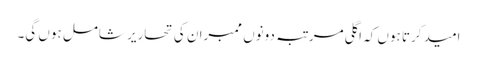
امید کرتا ہوں کہ اگلی مرتبہ دونوں ممبران کی تحاریر شامل ہوں گی۔